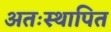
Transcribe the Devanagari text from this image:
अतःस्थापित